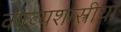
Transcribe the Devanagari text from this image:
काव्यशास्त्रीया